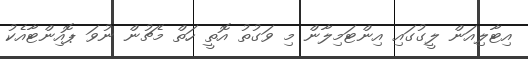
އިޓާލިއަން ލީގުގައި އިންޓަމިލާން މި ވަގުތު އޮތީ ހަތް މެޗުން ނުވަ ޕޮއިންޓާއެކު